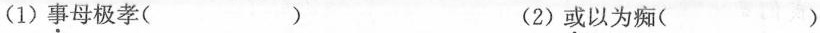
(1) 事母极孝( ) (2) 或以为痴( )